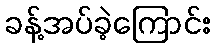
ခန့်အပ်ခဲ့ကြောင်း